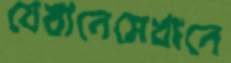
যেখানেসেখানে